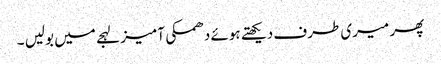
پھر میری طرف دیکھتے ہوئے دھمکی آمیز لہجے میں بولیں ۔